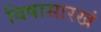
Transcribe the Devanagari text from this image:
विषासारखं